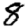
Digit: 8